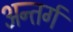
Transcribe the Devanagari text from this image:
अन्तर्ग